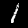
Label: 1